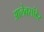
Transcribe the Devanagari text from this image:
आलेक्सांडेर